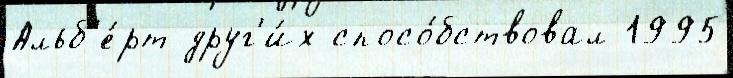
Альб'е́рт друг'и́х спосо́бствовал 1995